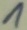
Text: 1